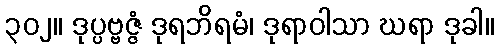
၃၀၂။ ဒုပ္ပဗ္ဗဇ္ဇံ ဒုရဘိရမံ၊ ဒုရာဝါသာ ဃရာ ဒုခါ။